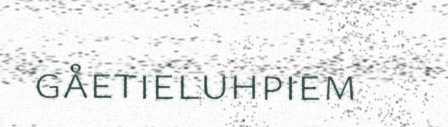
gåetieluhpiem